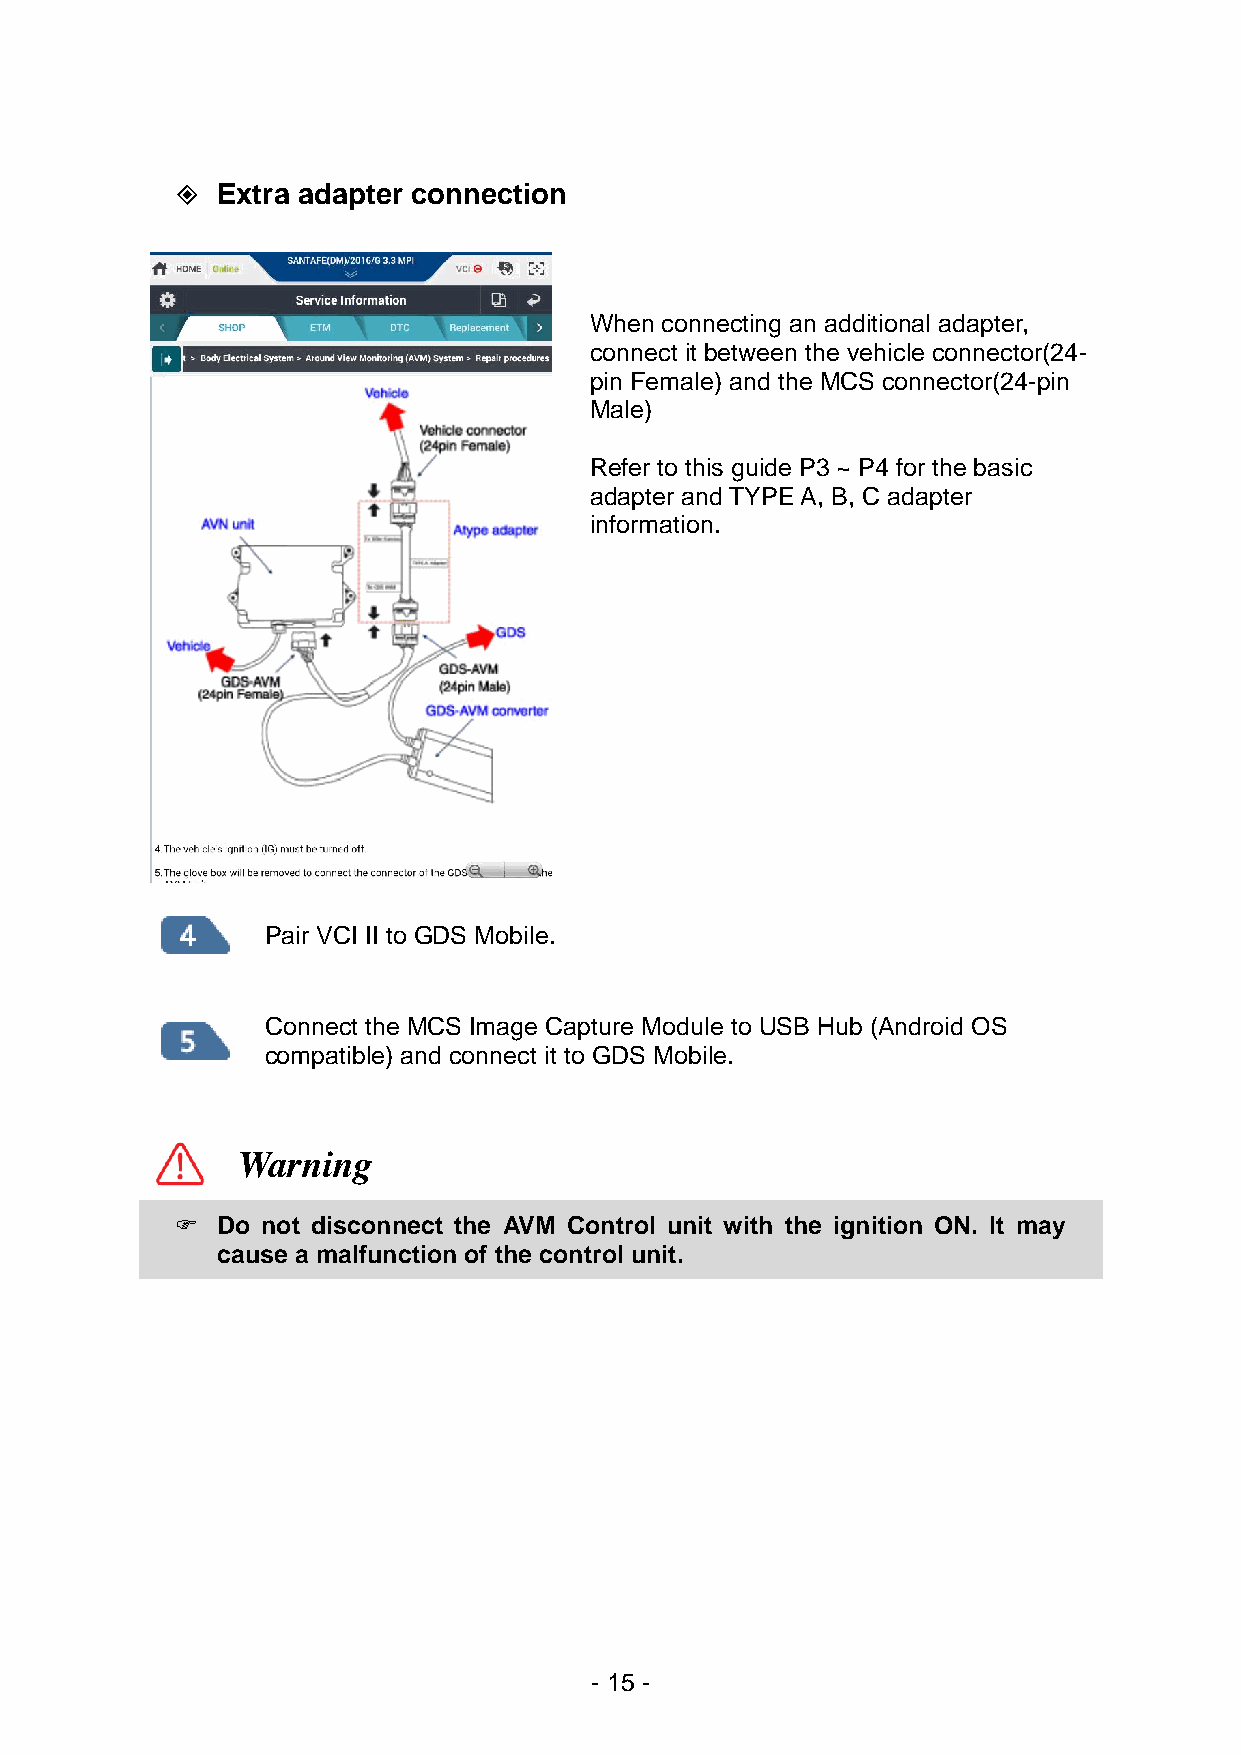
 Extra adapter connection
 When connecting an additional adapter,
 connect it between the vehicle connector(24-
 pin Female) and the MCS connector(24-pin
 Male)
 Refer to this guide P3 ~ P4 for the basic
 adapter and TYPE A, B, C adapter
 information.
 Pair VCI II to GDS Mobile.
 Connect the MCS Image Capture Module to USB Hub (Android OS
 compatible) and connect it to GDS Mobile.
 Warning
  Do not disconnect the AVM Control unit with the ignition ON. It may
 cause a malfunction of the control unit.
 - 15 -